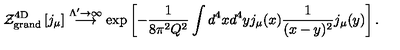
{ \cal Z } _ { \mathrm { g r a n d } } ^ { \mathrm { 4 D } } \left[ j _ { \mu } \right] \stackrel { { \Lambda ^ { \prime } \to \infty } } { \longrightarrow } \exp \left[ - \frac { 1 } { 8 \pi ^ { 2 } Q ^ { 2 } } \int d ^ { 4 } x d ^ { 4 } y j _ { \mu } ( x ) \frac { 1 } { ( x - y ) ^ { 2 } } j _ { \mu } ( y ) \right] .